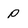
Character: P